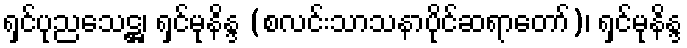
ရှင်ပုညသေဋ္ဌ၊ ရှင်မုနိန္ဒ (စလင်းသာသနာပိုင်ဆရာတော်)၊ ရှင်မုနိန္ဒ